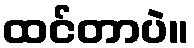
ထင်တာပဲ။